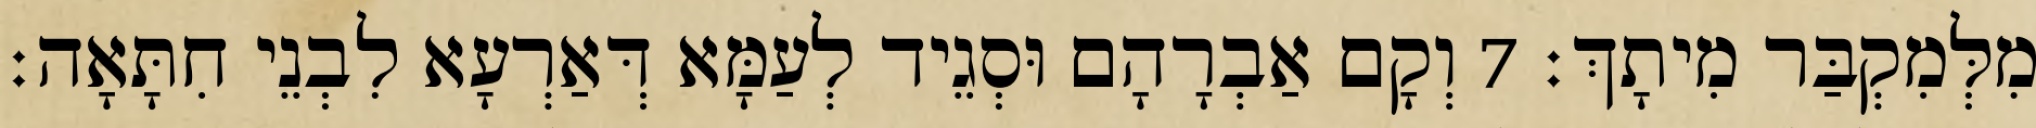
מִלְּמִקְבַּר מִיתָךְ׃ 7 וְקָם אַבְרָהָם וּסְגֵיד לְעַמָּא דְּאַרְעָא לִבְנֵי חִתָּאָה׃